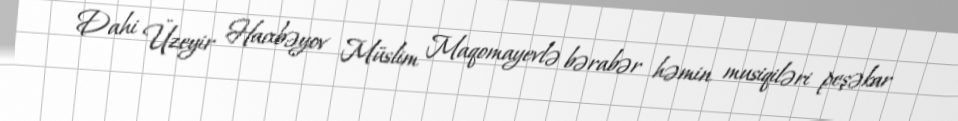
Dahi Üzeyir Hacıbəyov Müslim Maqomayevlə bərabər həmin musiqiləri peşəkar